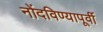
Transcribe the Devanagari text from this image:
नोंदविण्यापूर्वी